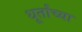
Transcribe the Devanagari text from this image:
धूर्तांच्या